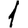
Digit: 1